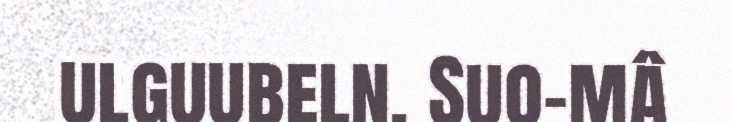
ulguubeln. Suo-mâ